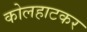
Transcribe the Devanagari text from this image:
कोलहाटकर